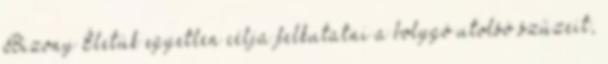
Bizony Életük egyetlen célja felkutatni a bolygó utolsó szűzeit,